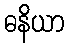
ဓနိယာ